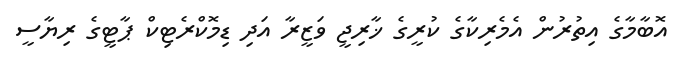
އޮބާމާގެ އިތުރުން އެމެރިކާގެ ކުރީގެ ޚާރިޖީ ވަޒީރާ އަދި ޑިމޮކްރެޓިކް ޕާޓީގެ ރިޔާސީ